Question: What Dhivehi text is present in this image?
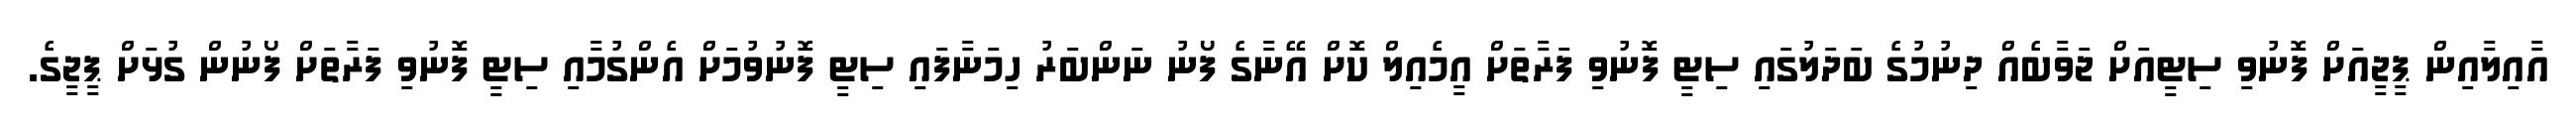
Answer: އާއިލާއިން ޕީޖީއަށް ފޮނުވި ސިޓީއަށް ޖަވާބެއް ދިނުމުގެ ބަދަލުގައި ސިޓީ ފޮނުވި ފަރާތަށް އީމެއިލް ކޮށް އޭނާގެ ފޯނު ނަންބަރު ހިމަނާފައި ސިޓީ ފޮނުވުމަށް އެންގުމާއި ސިޓީ ފޮނުވި ފަރާތަށް ފޯނުން ގުޅަށް ޕީޖީގެ.